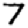
Digit: 7